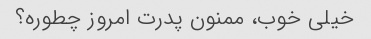
خیلی خوب، ممنون پدرت امروز چطوره؟